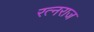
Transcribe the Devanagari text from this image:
रत्नराज